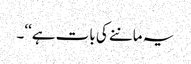
یہ ماننے کی بات ہے‘‘۔